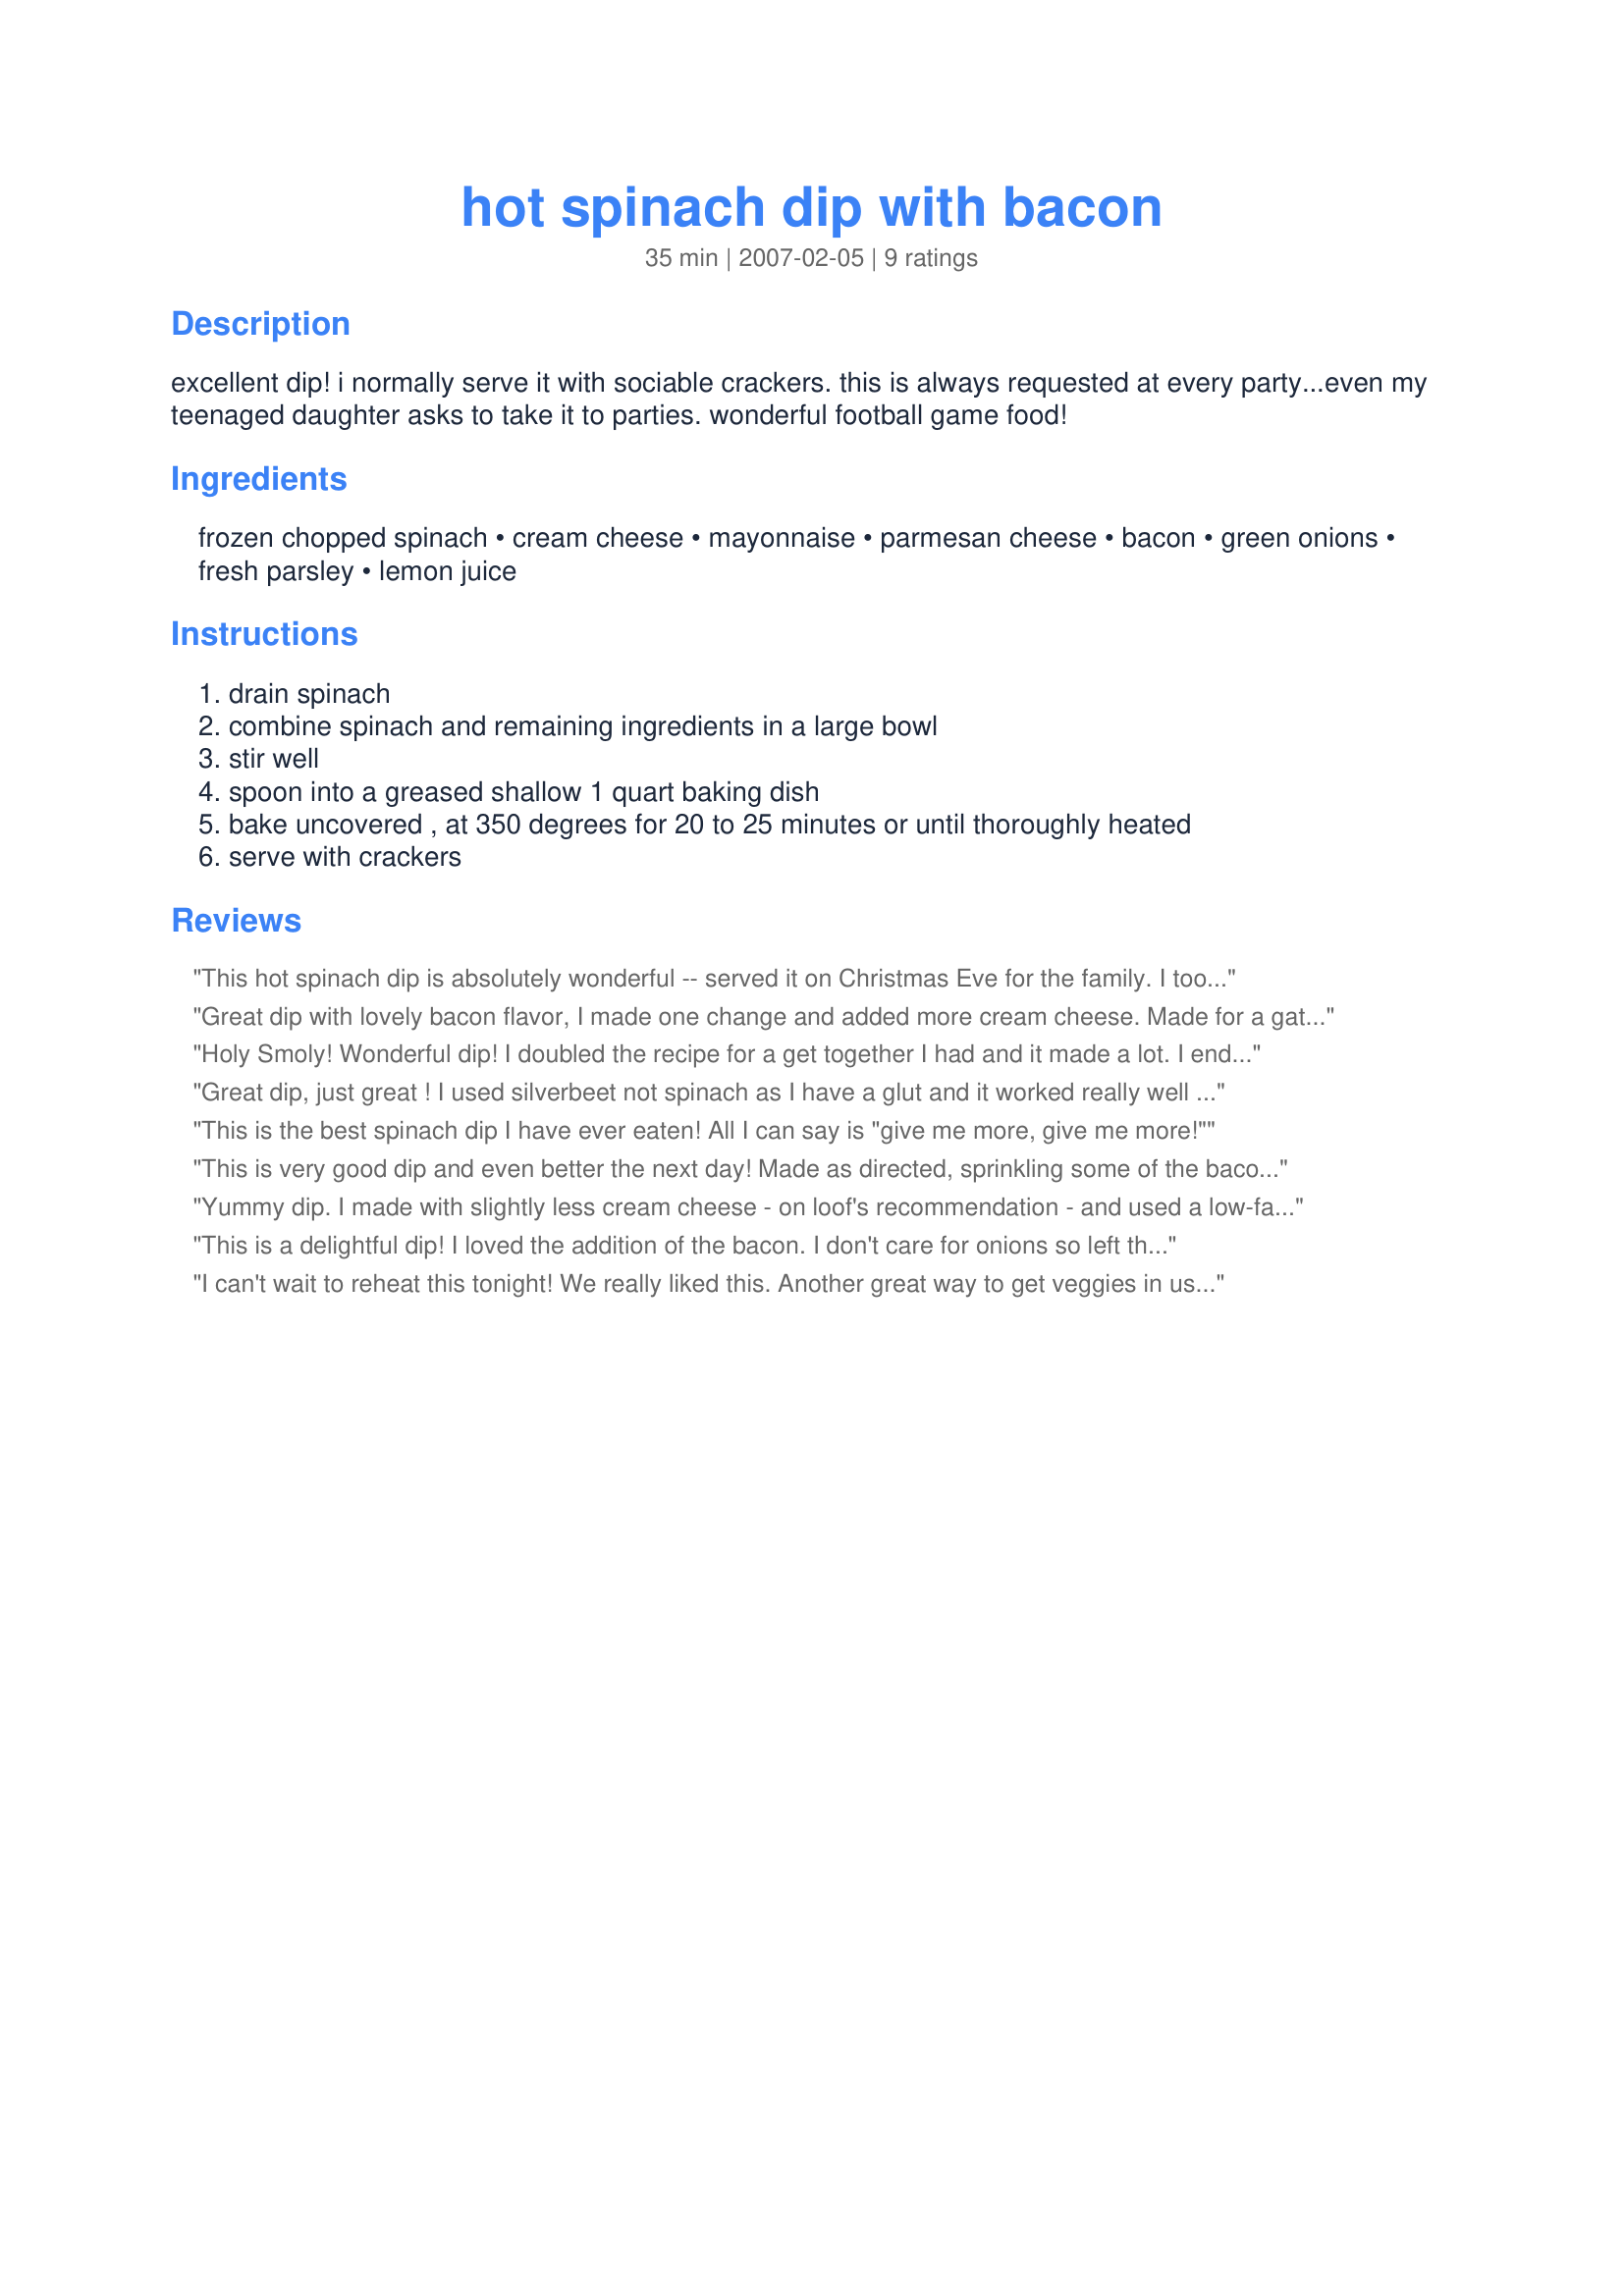
hot spinach dip with bacon
Preparation time: 35 minutes

excellent dip! i normally serve it with sociable crackers. this is always requested at every party...even my teenaged daughter asks to take it to parties. wonderful football game food!

Ingredients:
frozen chopped spinach, cream cheese, mayonnaise, parmesan cheese, bacon, green onions, fresh parsley, lemon juice

Steps:
drain spinach, combine spinach and remaining ingredients in a large bowl, stir well, spoon into a greased shallow 1 quart baking dish, bake uncovered , at 350 degrees for 20 to 25 minutes or until thoroughly heated, serve with crackers

Reviews:
This hot spinach dip is absolutely wonderful -- served it on Christmas Eve for the family. I took the liberty of adding some chopped artichoke hearts to this dish and it was wonderful. Loved the addition of the bacon - it really makes this dish. Everyone loved this dip and I will be making it again soon.
Great dip with lovely bacon flavor, I made one change and added more cream cheese. Made for a gathering yesterday, everyone like it. Made for 123 tag.
Holy Smoly! Wonderful dip! I doubled the recipe for a get together I had and it made a lot. I ended up taking it to work and they demolished it! I served with Triscuit Thins(Parmesan flavor and Original flavor) and they went well with it. The bacon is what really makes this dip over the top! Thanks for posting!!
Great dip, just great ! I used silverbeet not spinach as I have a glut and it worked really well and I loved the addition of bacon. I served this with black pepper crackers. Made for Everyday is a Holiday tag.
This is the best spinach dip I have ever eaten! All I can say is "give me more, give me more!"
This is very good dip and even better the next day! Made as directed, sprinkling some of the bacon bits over top for presentation. Served with Tostitos and also corn chips. It went well with both, but the Tostitos won over. We did miss the artichoke normally associated with spinach dip, but it is still a great dip. Thanks for sharing the recipe. :)
Yummy dip. I made with slightly less cream cheese - on loof's recommendation - and used a low-fat cheese and a low-fat mayonnaise. Loved the bacon in this and the great blend of flavours. I also added a handful of pine nuts as I love them with spinach. We enjoyed this with crusty ciabatta. Thank you for sharing this excellent recipe, breezermom. Made for Gimme 5.
This is a delightful dip! I loved the addition of the bacon. I don't care for onions so left them out, and I added a little shredded parmesan to the top during the last few minutes of baking. I will probably use less cream cheese next time. Served this with tortilla chips and it made for a great lunch - thanks for sharing the recipe!
I can't wait to reheat this tonight! We really liked this. Another great way to get veggies in us. We used crackers and chicken fries to dip in this. I will be making again. Made for 123 Hits.
